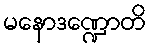
မနောဒဏ္ဍောတိ